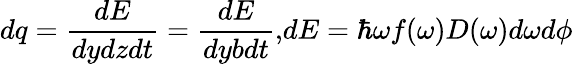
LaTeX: dq=\frac{dE}{dydzdt}=\frac{dE}{dybdt}{,}dE=\hbar\omega f(\omega)D(\omega)d\omega d\phi